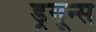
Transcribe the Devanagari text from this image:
ड्रगून्स